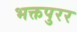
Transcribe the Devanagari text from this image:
भक्तपुरर